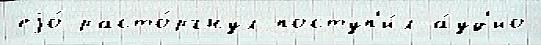
еjо́ расто́ргнул поступ'и́л а́уд'ио